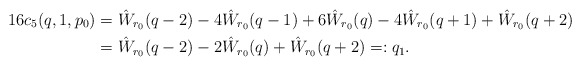
\begin{align*}16c_5(q,1,p_0) &= \hat W_{r_0}(q-2) - 4 \hat W_{r_0}(q-1) + 6\hat W_{r_0}(q) - 4\hat W_{r_0}(q+1) + \hat W_{r_0}(q+2)\\&= \hat W_{r_0}(q-2)-2\hat W_{r_0}(q)+\hat W_{r_0}(q+2) = :q_1.\end{align*}